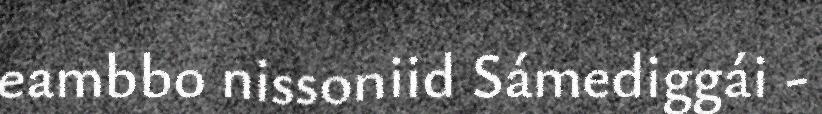
eambbo nissoniid Sámediggái -